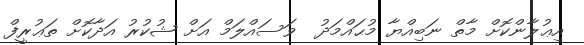
އިޢުލާންކޮށް މާތް ނަބިއްޔާ މުޙައްމަދު  ވަސައްލަމް އަށް ޝުކުރު އަދާކޮށް ތަޢުރީފް